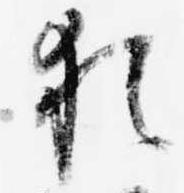
猶